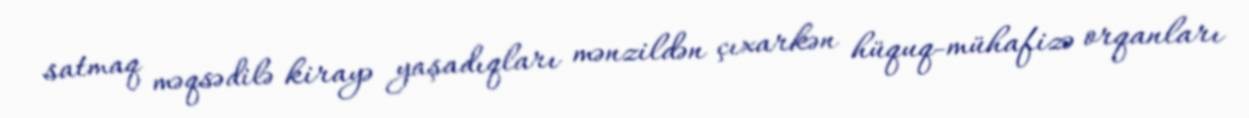
satmaq məqsədilə kirayə yaşadıqları mənzildən çıxarkən hüquq-mühafizə orqanları